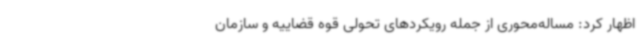
اظهار کرد: مساله‌محوری از جمله رویکردهای تحولی قوه قضاییه و سازمان